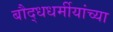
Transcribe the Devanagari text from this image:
बौद्धधर्मीयांच्या